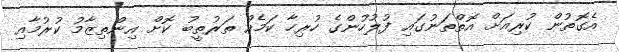
އެގޮތުން ކުރިއަށް އޮތްތަނުގައި ފުލުހުންގެ ހުރިހާ ކަމެއް ތަރުތީބު ކޮށް އިންތިޒާމު ކުރުމާއި